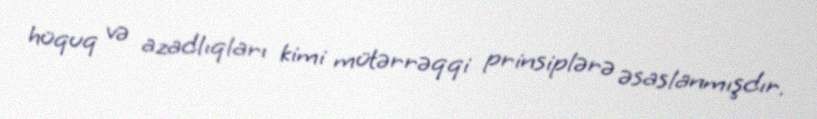
hüquq və azadlıqları kimi mütərrəqqi prinsiplərə əsaslanmışdır.